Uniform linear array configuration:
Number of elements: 32
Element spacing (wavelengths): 0.25
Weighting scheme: binomial
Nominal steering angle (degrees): -60
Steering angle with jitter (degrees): -59.071
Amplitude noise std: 0.05
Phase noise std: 0.05

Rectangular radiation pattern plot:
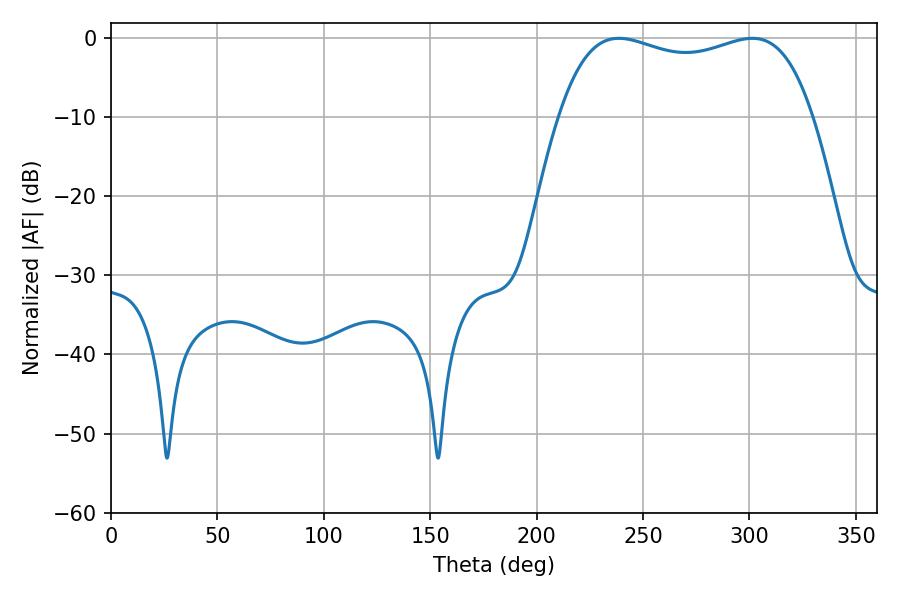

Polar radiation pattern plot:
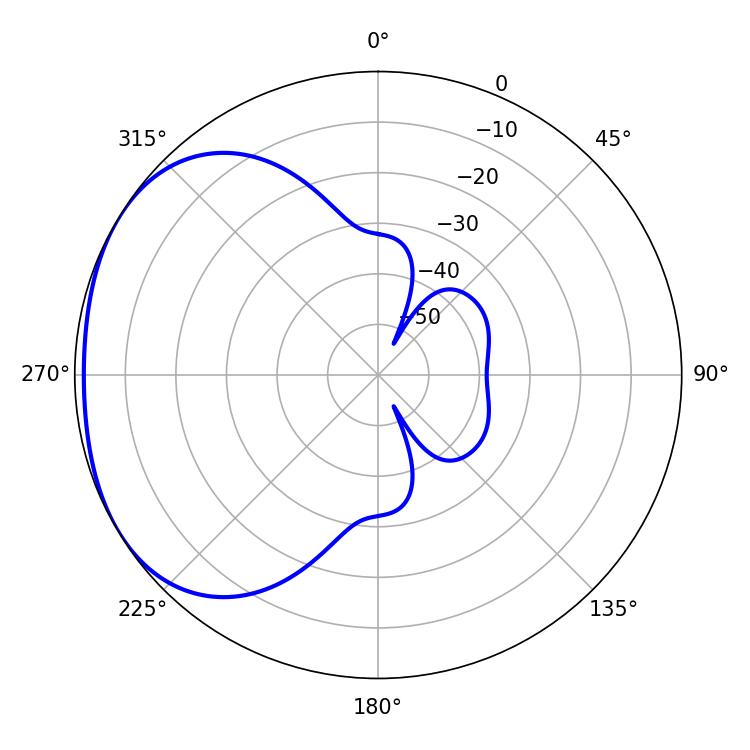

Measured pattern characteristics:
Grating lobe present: FALSE
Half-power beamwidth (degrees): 96.84
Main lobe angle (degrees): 238.68